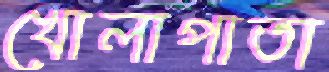
খোলাপাতা